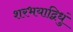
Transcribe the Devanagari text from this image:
शरभयाद्विधुं